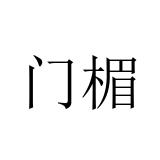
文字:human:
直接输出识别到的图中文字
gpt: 门楣